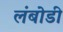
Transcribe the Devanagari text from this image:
लंबोडी